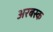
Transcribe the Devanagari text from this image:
अरबस्क